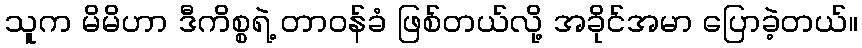
သူက မိမိဟာ ဒီကိစ္စရဲ့ တာဝန်ခံ ဖြစ်တယ်လို့ အခိုင်အမာ ပြောခဲ့တယ်။